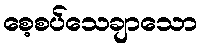
စေ့စပ်သေချာသော